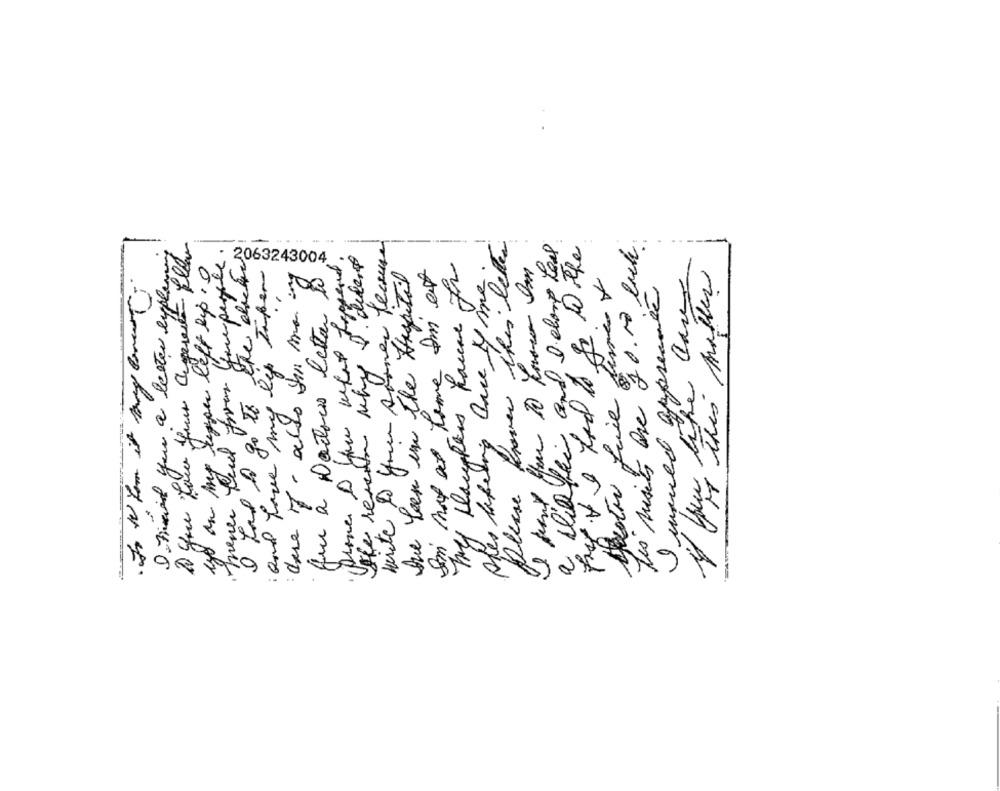
write Do you sooner theuse
Please prover this letter
a Diffi and I elone Less
tis musity ane JO. No luck
----
W the
yo on my tepper left sip. o
I Find you a better eypler
Gumpert
: 2063243004
had to go to ein Taber
tue been in the Hospital
I'm mot at home Im est
que a Doctores leter to
Ahes labeing hace ty me
if hen like caves
If this Matter
I would appreanée
and have my.
mener feed